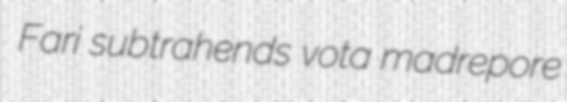
Fari subtrahends vota madrepore